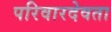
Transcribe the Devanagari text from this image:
परिवारदेवता